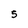
Character: 5